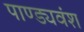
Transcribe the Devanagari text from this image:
पाण्ड्यवंश